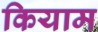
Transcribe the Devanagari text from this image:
कियाम